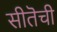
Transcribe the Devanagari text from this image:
सीतॆची